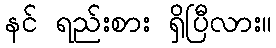
နင် ရည်းစား ရှိပြီလား။